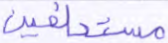
مستخلفين